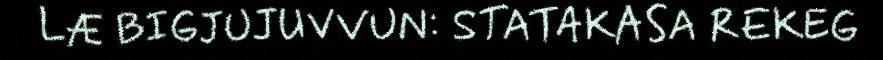
LÆ BIGJUJUVVUN: STATAKASA REKEG